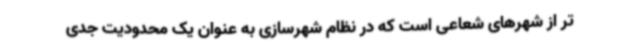
تر از شهرهای شعاعی است که در نظام شهرسازی به عنوان یک محدودیت جدی